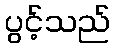
ပွင့်သည်